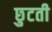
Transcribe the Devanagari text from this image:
छुटती